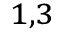
^ { 1 , 3 }